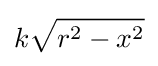
k{\sqrt {r^{2}-x^{2}}}